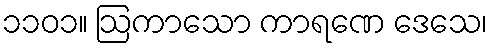
၁၁၀၁။ ဩကာသော ကာရဏေ ဒေသေ၊